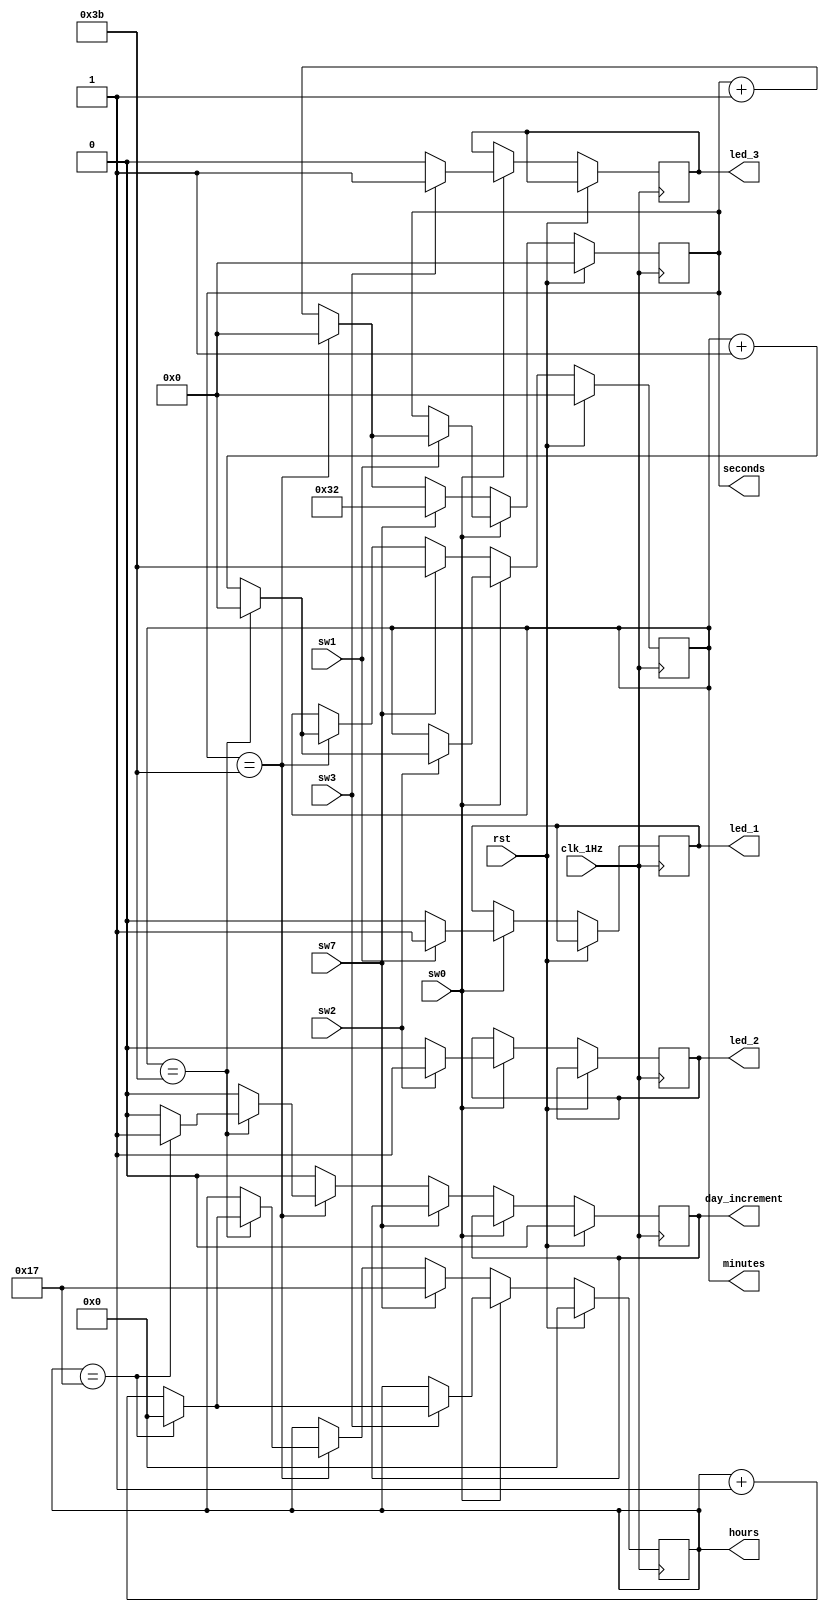
module time_counter(
    input wire clk_1Hz,
    input wire rst,
    input wire sw0,
    input wire sw1,
    input wire sw2,
    input wire sw3,
	 input wire sw7,
    output reg led_1,
    output reg led_2,
    output reg led_3,
    output reg day_increment,
    output reg [4:0] hours,
    output reg [5:0] minutes,
    output reg [5:0] seconds
);
always @(posedge clk_1Hz) begin
        if (rst) begin
            hours <= 0;
            minutes <= 0;
            seconds <= 0;
            day_increment <= 0;
        end else if(sw0) begin
            // sw0 
				hours <= hours;
            minutes <= minutes;
            seconds <= seconds;
            if (sw1) begin
                led_1 <= 1;
                seconds <= seconds + 1;
					 if(seconds == 59) seconds <= 0;
            end else begin
                led_1 <= 0;
            end

            if (sw2) begin
                led_2 <= 1;
                minutes <= minutes + 1;
					 if(minutes == 59) minutes <= 0;
            end else begin
                led_2 <= 0;
            end

            if (sw3) begin
                led_3 <= 1;
                hours <= hours + 1;
					 if(hours==23) hours <= 0;
            end else begin
                led_3 <= 0;
            end
		  end
		  else if(sw7) begin
		    hours<=23;
			 minutes<=59;
			 seconds<=50;
		  end
		  else begin
            if (seconds == 59) begin
                seconds <= 0;
                if (minutes == 59) begin
                    minutes <= 0;
                    if (hours == 23) begin
                        hours <= 0;
                        day_increment <= 1;
                    end else begin
                        hours <= hours + 1;
                        day_increment <= 0;
                    end
                end else begin
                    minutes <= minutes + 1;
                    day_increment <= 0;
                end
            end else begin
                seconds <= seconds + 1;
                day_increment <= 0;
            end
        end
		  
    end
endmodule